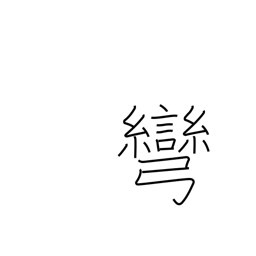
Meaning: stretching a bow